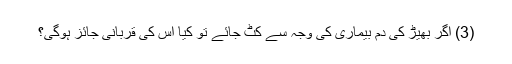
(3) اگر بھیڑ کی دُم بیماری کی وجہ سے کٹ جائے تو کیا اس کی قربانی جائز ہوگی؟